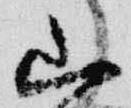
山